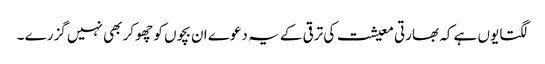
لگتا یوں ہے کہ بھارتی معیشت کی ترقی کے یہ دعوے ان بچوں کو چھو کر بھی نہیں گزرے ۔